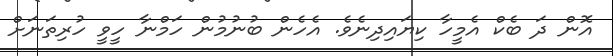
އޮން ދަ ބެކް އެމީހާ ކިޔައިދިނެވެ. އެހެން ބުނުމުން ހަމްނާ ހީވީ ހުރިތަނަށް